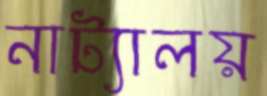
নাট্যালয়